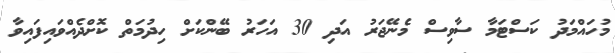
މުހައްމަދު ކަސްޓަމާ ސާވިސް މެނޭޖަރު އަދި 30 އަހަރު ބޭންކަށް ހިދުމަތް ކޮށްދެއްވައިފައިވާ